Lunatic asylums Madras 1877-1891 - 1877-1891
Year: 1877
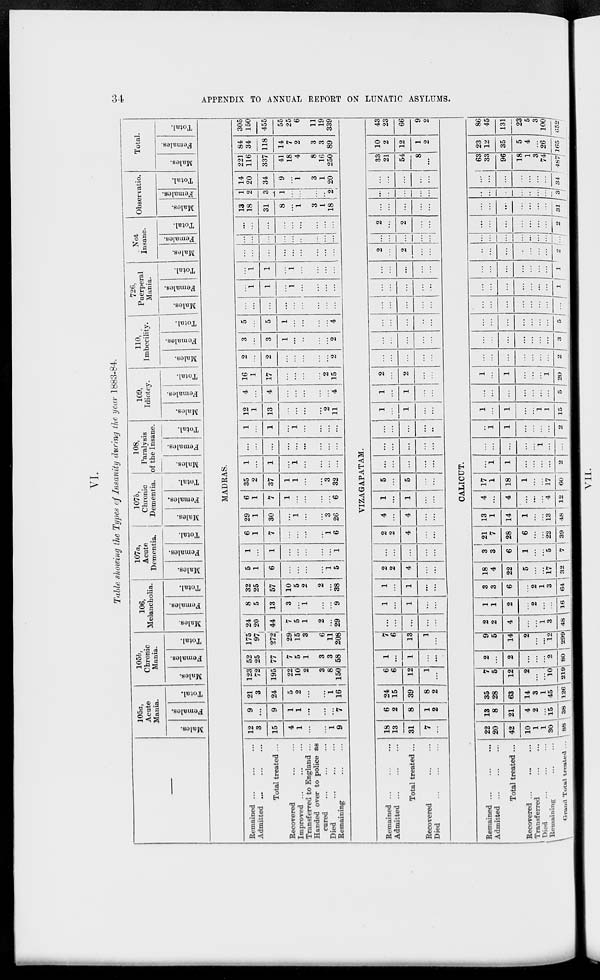
34
APPENDIX TO ANNUAL REPORT ON LUNATIC ASYLUMS.
VI.
Table showing the Types of Insanity during the year 1883-84.
—
105a,
Acute
Mania.
Males.
Females.
Total.
105b,
Chronic
Mania.
Males.
Females.
Total.
106,
Melancholia.
Males.
Females.
Total.
107a,
Acute
Dementia.
Males.
Females.
Total.
107b,
Chronic
Dementia.
Males.
Females.
Total.
108,
Paralysis
of the Insane.
Males.
Females.
Total.
109,
Idiotcy.
Males.
Females.
Total.
110,
Imbecility.
Males.
Females.
Total.
726,
Puerperal
Mania.
Males.
Females.
Total.
Not
Insane.
Males.
Females.
Total.
Observatio.
Males.
Females.
Tot al .
Total.
Males.
Females.
Total.
MADRAS.
Remained ... ... ...
Admitted ... ... ...
Total treated ...
Recovered ... ...
Improved ... ... ...
Transferred to England ...
Handed over to police as
cured ... ... ...
Died ... ... ...
Remaining ... ...
12
3
15
4
1
...
...
1
9
9
...
9
1
1
...
...
...
7
21
3
24
5
2
...
...
1
16
123
72
195
22
10
2
3
8
150
52
25
77
7
5
1
3
3
58
175
97
272
29
15
3
6
11
208
24
20
44
7
5
1
2
...
29
8
5
13
3
...
1
...
...
9
32
25
57
10
5
2
2
...
38
5
1
6
...
...
...
1 5
1
...
1
...
...
...
...
...
1
6
1
7
...
...
...
...
1
6
29
1
30
...
1
...
...
3
26
6
1
7
1
...
...
...
...
6
35
2
37
1
1
...
...
3
32
1
...
1
...
1
...
...
...
...
...
...
...
...
...
...
...
...
...
1
...
1
...
1
...
...
...
...
12
1
13
...
...
...
...
2
11
4
...
4
...
...
...
...
...
4
16
1
17
...
...
...
...
2
15
2
...
2
...
...
...
...
...
2
3
...
3
1
...
...
...
...
2
5
...
5
1
...
...
...
...
4
...
...
...
...
...
...
...
...
...
...
1
1
...
1
...
...
...
...
...
1
1
...
1
...
...
...
...
...
...
...
...
...
...
...
...
...
...
...
...
...
...
...
...
...
...
...
...
...
...
...
...
...
...
...
13
18
31
8
...
1
3
1
18
1
2
3
1
...
...
...
...
2
VIZAGAPATAM.
Remained ... ... ...
Admitted ... ... ...
Total treated ...
Recovered ... ...
Died ... ... ...
18
13
31
7
...
6
2
8
1
2
24
15
39
8
2
6
6
12
1
...
1
...
1
...
...
7
6
13
1
...
...
...
...
...
...
1
...
1
...
...
1
...
1
...
...
2
2
4
...
...
...
...
...
...
...
2
2
4
...
...
4
...
4
...
...
1
...
1
...
...
5
...
5
...
...
...
...
...
...
...
...
...
...
...
...
...
...
...
...
...
1
...
1
...
...
1
...
1
...
...
2
...
2
...
...
...
...
...
...
...
...
...
...
...
...
...
...
...
...
...
...
...
...
...
...
...
...
...
...
...
...
...
...
...
...
2
...
2
...
...
...
...
...
...
...
2
...
2
...
...
...
...
...
...
...
...
...
...
...
CALICUT.
Remained ...
...
...
Admitted ... ... ...
Total treated ...
Recovered ... ... ...
Transferred ... ...
Died ... ... ...
Remaining ... ...
Grand Total treated ...
22
20
42
10
1
1
30
88
13
8
21
4
2
...
15
38
35
28
63
14
3
1
45
126
7
5
12
2
...
...
10
219
2
...
2
...
...
...
2
80
9
5
14
2
...
...
12
299
2
2
4
...
...
1
3
48
1
1
2
...
2
...
...
16
3
3
6
...
2
1
3
64
18
4
22
5
...
...
17
32
3
3
6
1
...
...
5
7
21
7
28
6
...
...
22
39
13
1
14
1
...
...
13
48
4
...
4
...
...
...
4
12
17
1
18
1
...
...
17
60
...
1
1
...
...
...
...
2
...
...
...
...
...
1
...
...
...
1
1
...
...
1
...
2
1
...
1
...
...
...
1
15
...
...
...
...
...
...
...
5
1
...
1
...
...
...
1
20
...
...
...
...
...
...
...
2
...
...
...
...
...
...
...
3
...
...
...
...
...
...
...
5
...
...
...
...
...
...
...
...
...
...
...
...
...
...
...
1
...
...
...
...
...
...
...
1
...
...
...
...
...
...
...
2
...
...
...
...
...
...
...
...
...
...
...
...
...
...
...
2
...
...
...
...
...
...
... ..
31
...
...
...
...
...
...
...
3
14
20
34
9
...
1
3
1
20
221
116
337
41
18
4
8
16
250
84
34
118
14
7
2
3
3
89
305
150
455
55
25
6
11
19
339
...
...
...
...
...
33
21
54
8
...
10
2
12
1
2
43
23
66
9
2
...
...
...
...
...
...
...
34
63
33
96
18
1
3
74
487
23
12
35
5
4
...
26
165
86
45
131
23
5
3
100
652